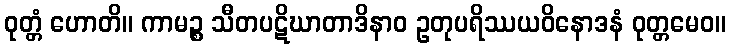
ဝုတ္တံ ဟောတိ။ ကာမဉ္စ သီတပဋိဃာတာဒိနာဝ ဥတုပရိဿယဝိနောဒနံ ဝုတ္တမေဝ။